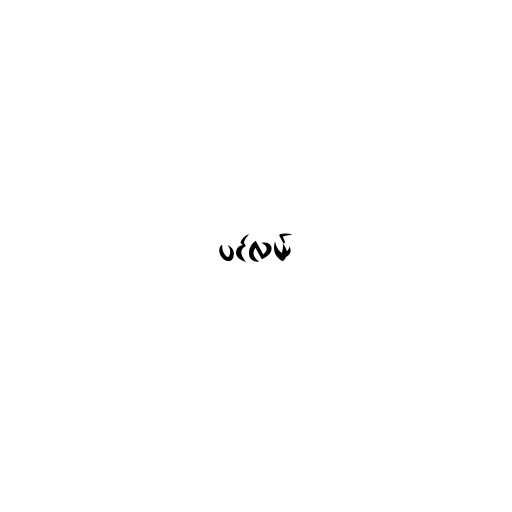
ပင်လယ်